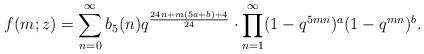
LaTeX: \begin{align*} f(m;z)=\sum_{n=0}^\infty b_5(n)q^{\frac{24n+m(5a+b)+4}{24}}\cdot\prod_{n=1}^\infty(1-q^{5mn})^a(1-q^{mn})^b.\end{align*}